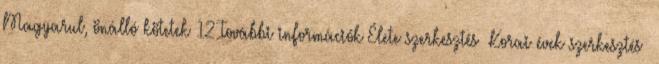
Magyarul, önálló kötetek 12 További információk Élete szerkesztés Korai évek szerkesztés